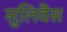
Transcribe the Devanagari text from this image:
सुलिवैंस